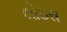
લોઇસ